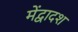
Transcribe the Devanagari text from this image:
मेंद्वादश